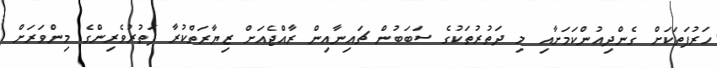
ހަރުފަތަކަށް ގެންދިއުންކަމަށާއި މި ދަތުރުތަކުގެ ސަބަބުން ޗައިނާއިން ރާއްޖެއަށް ޒިޔާރަތްކުރާ ފަތުރުވެރިންގެ މިންވަރަށް